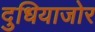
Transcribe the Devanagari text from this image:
दुधियाजोर